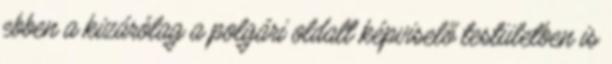
ebben a kizárólag a polgári oldalt képviselő testületben is